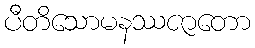
ပီတိသောမနဿဇာတော